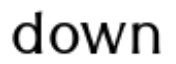
down